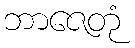
ဘာဇေတုံ